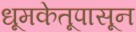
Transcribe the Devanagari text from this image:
धूमकेतूपासून